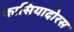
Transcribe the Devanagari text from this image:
कासियादोरस